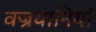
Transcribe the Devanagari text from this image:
वज्रयानियों